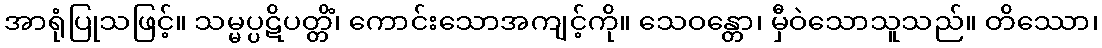
အာရုံပြုသဖြင့်။ သမ္မပ္ပဋိပတ္တိံ၊ ကောင်းသောအကျင့်ကို။ သေဝန္တော၊ မှီဝဲသောသူသည်။ တိဿော၊